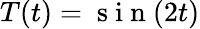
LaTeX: T(t)=\mathrm{~s~i~n~}(2t)